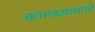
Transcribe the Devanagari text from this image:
कातडय़ासाठी